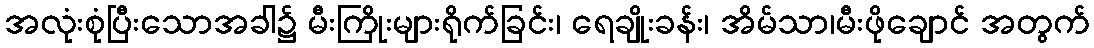
အလုံးစုံပြီးသောအခါ၌ မီးကြိုးများရိုက်ခြင်း၊ ရေချိုးခန်း၊ အိမ်သာ၊မီးဖိုချောင် အတွက်